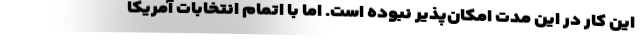
این کار در این مدت امکان‌پذیر نبوده است. اما با اتمام انتخابات آمریکا